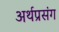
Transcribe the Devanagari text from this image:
अर्थप्रसंग